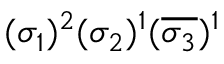
( \sigma _ { 1 } ) ^ { 2 } ( \sigma _ { 2 } ) { } ^ { 1 } ( \overline { { \sigma _ { 3 } } } ) ^ { 1 }